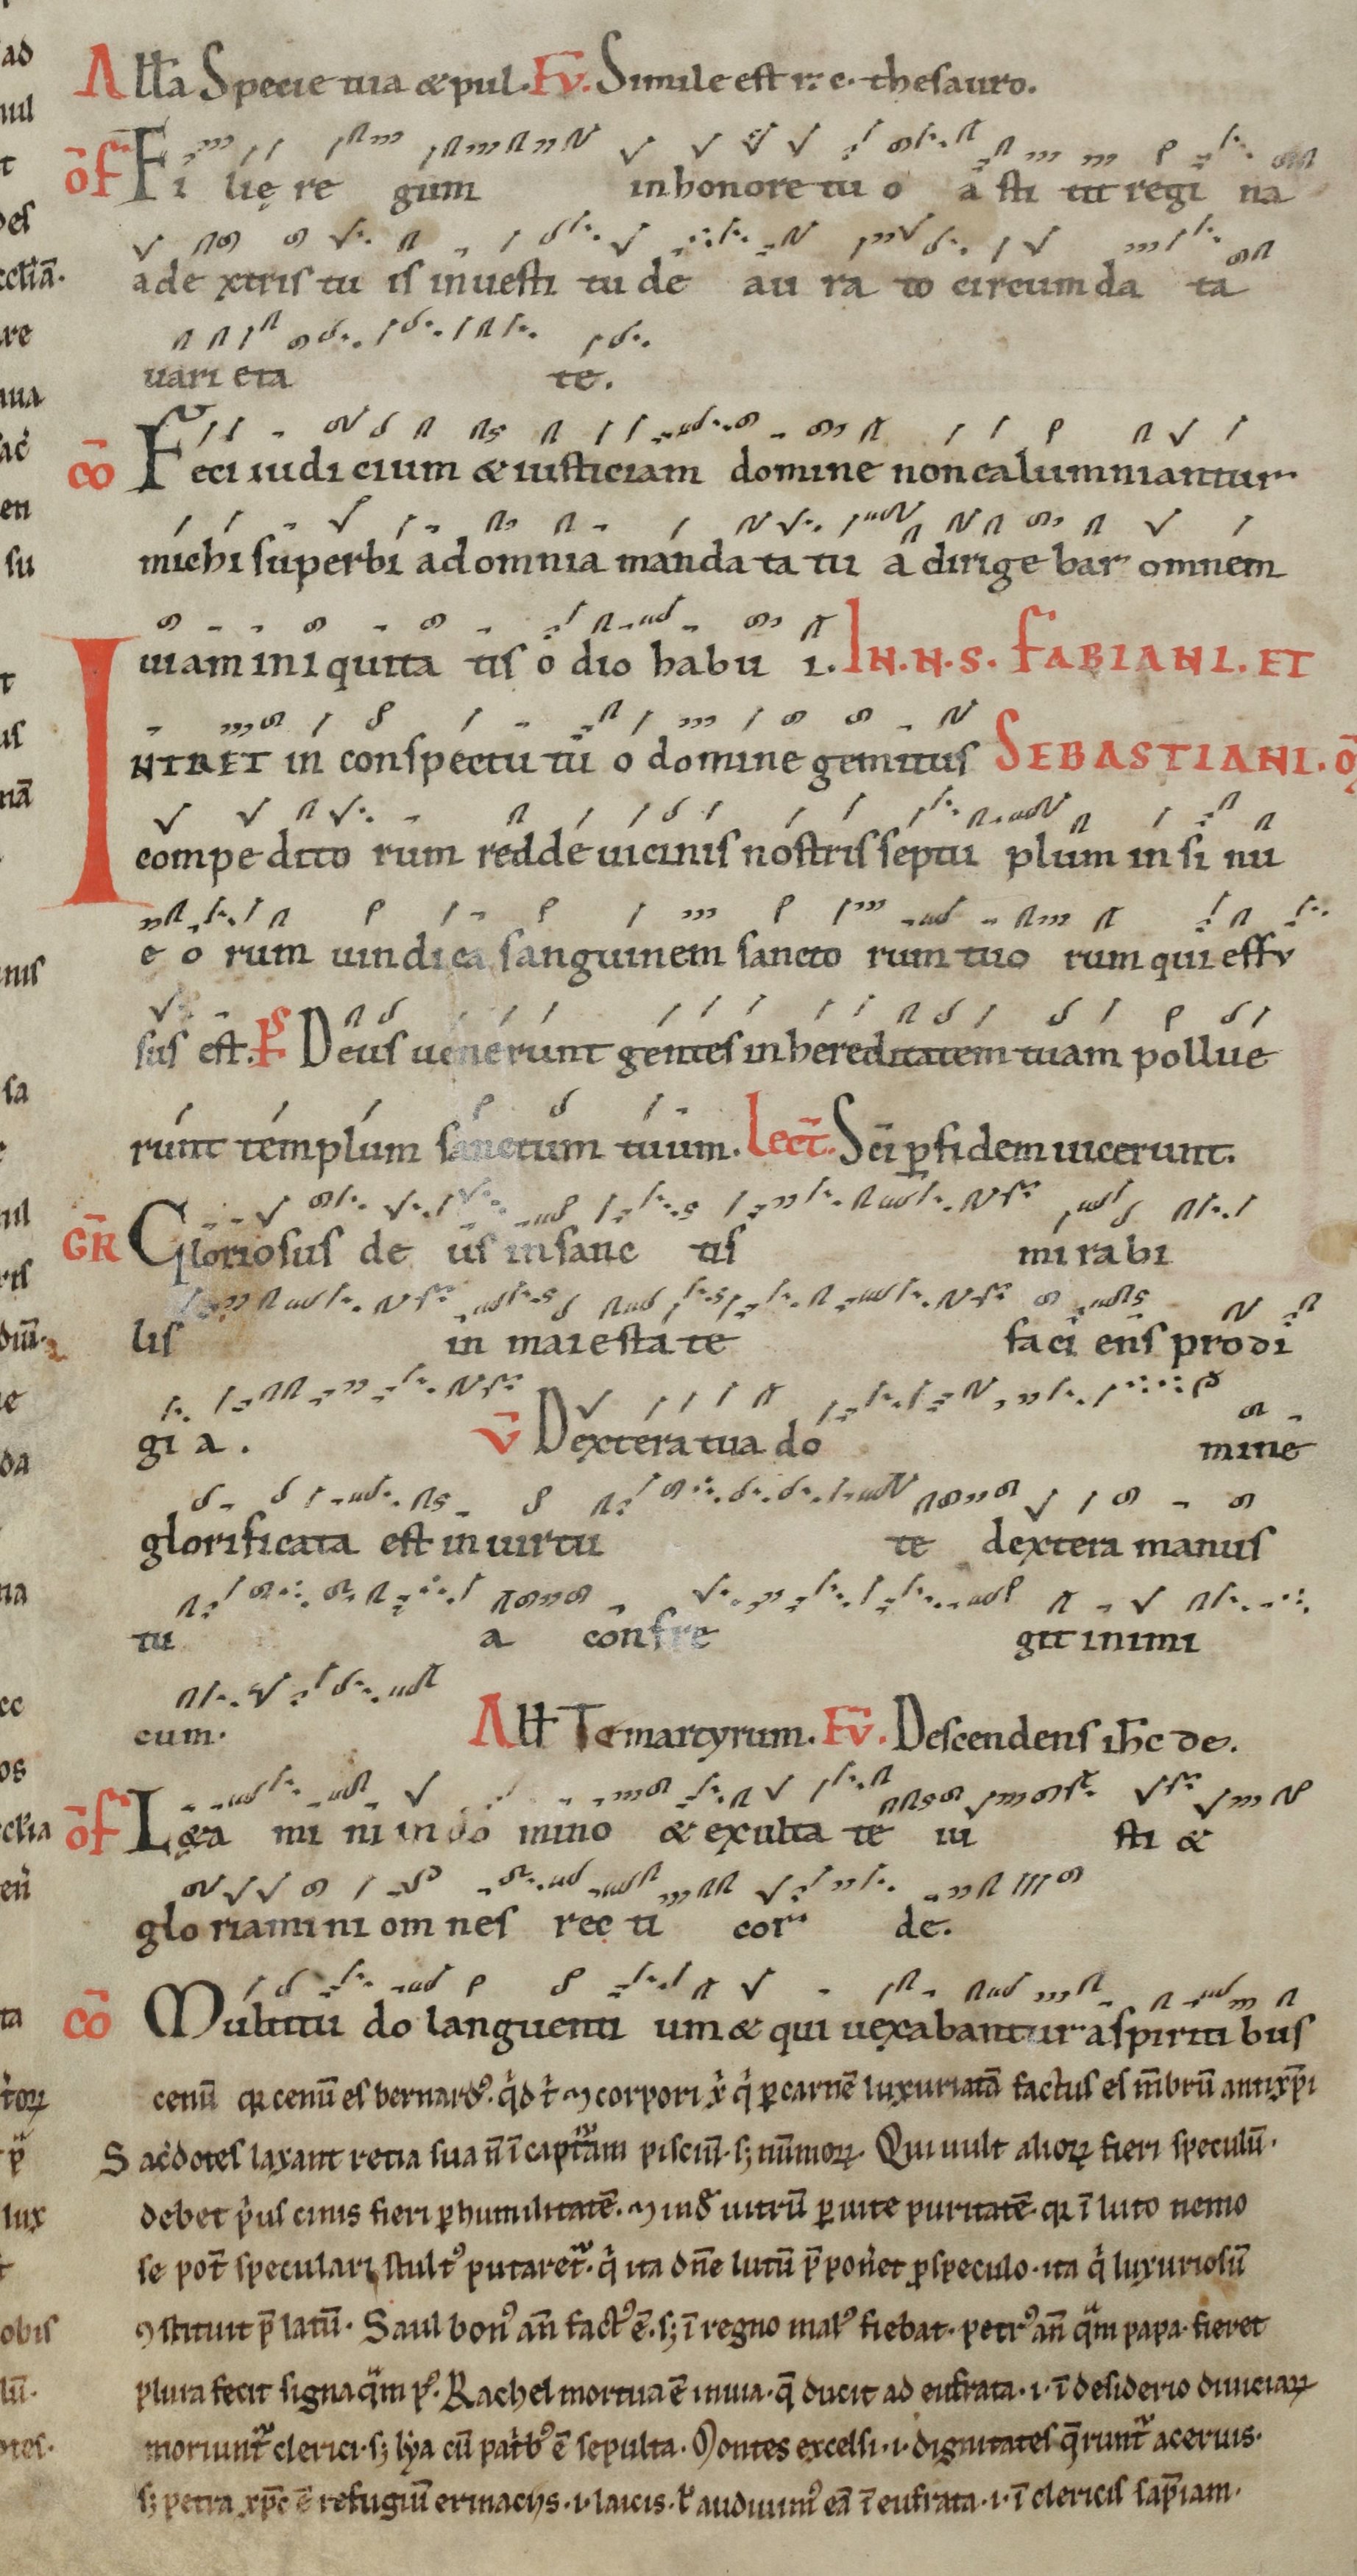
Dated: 1100–1199